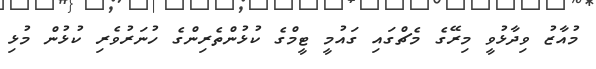
މުއާޒު ވިދާޅުވީ މިރޭގެ މެޗްގައި ގައުމީ ޓީމްގެ ކުޅުންތެރިންގެ ހުނަރުވެރި ކުޅުން މުޅި